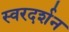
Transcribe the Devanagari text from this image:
स्वरदर्शन